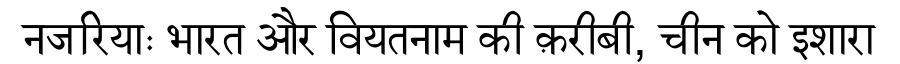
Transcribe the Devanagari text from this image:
नजरियाः भारत और वियतनाम की क़रीबी, चीन को इशारा